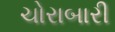
ચોરાબારી